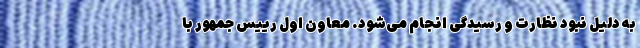
به دلیل نبود نظارت و رسیدگی انجام می‌شود. معاون اول رییس جمهور با